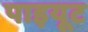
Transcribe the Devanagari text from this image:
पाइयूट